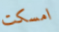
امسكت